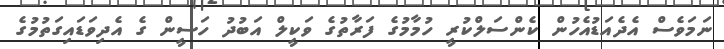
ނަމަވެސް އެދެއަޑުއެހުން ކެންސަލްކުރީ ހުމާމުގެ ފަރާތުގެ ވަކީލް އަބުދު ހަސީން ގެ އެދިވަޑައިގަތުމުގެ